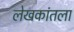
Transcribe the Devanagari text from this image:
लेखकांतला